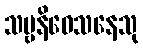
သဗ္ဗနိဝေသနေသု